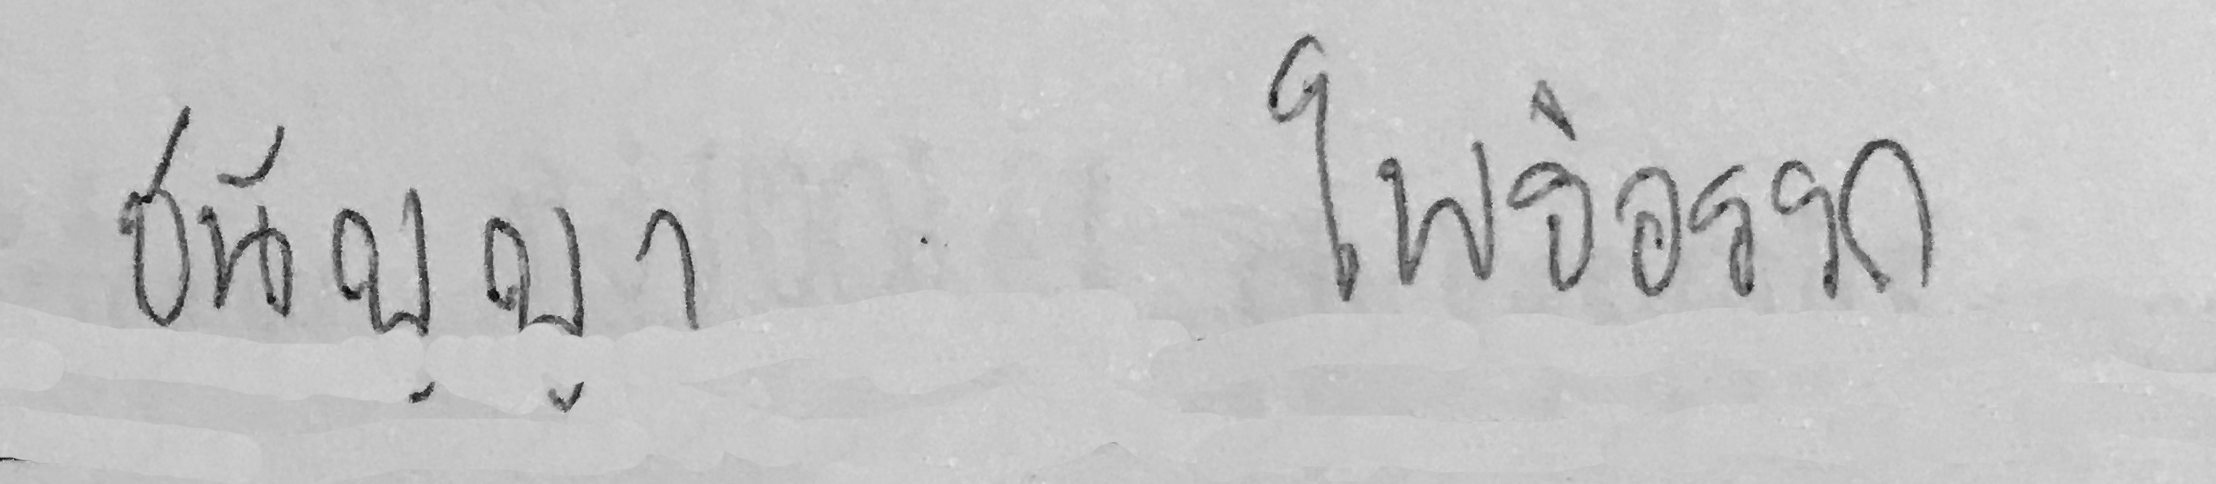
ชนัญญา โพธิอรรถ